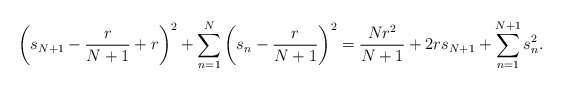
\begin{align*}\left(s_{N+1}-\frac{r}{N+1}+r\right)^2+\sum_{n=1}^N\left(s_n-\frac{r}{N+1}\right)^2=\frac{Nr^2}{N+1}+2rs_{N+1}+\sum_{n=1}^{N+1} s_n^2.\end{align*}